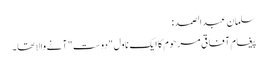
سلمان عبدالصمد:
پیغام آفاقی مرحوم کا ایک ناول "دوست" آنے والا تھا۔